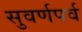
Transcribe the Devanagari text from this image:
सुवर्णपर्व